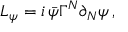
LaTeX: { \cal L } _ { \psi } = i \, \bar { \psi } \Gamma ^ { N } \partial _ { N } \psi \, ,